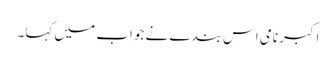
اکبر نامی اس بندے نے جواب میں کہا۔